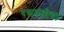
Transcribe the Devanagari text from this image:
रसवंतीचा